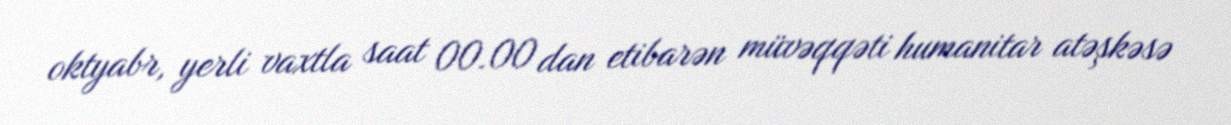
oktyabr, yerli vaxtla saat 00.00 dan etibarən müvəqqəti humanitar atəşkəsə